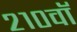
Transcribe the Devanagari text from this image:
२१०वॉ